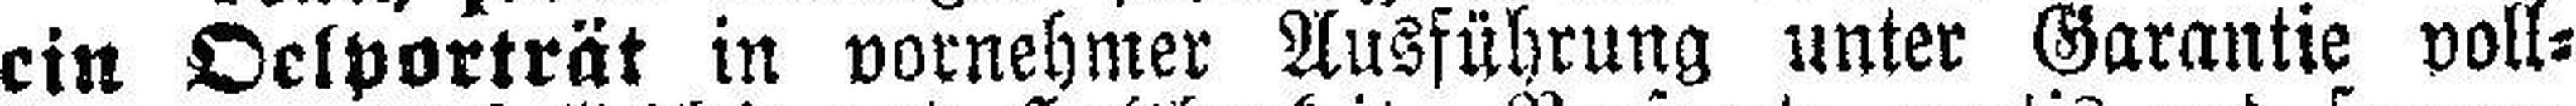
ein Oelporträt in vornehmer Ausführung unter Garantie voll¬